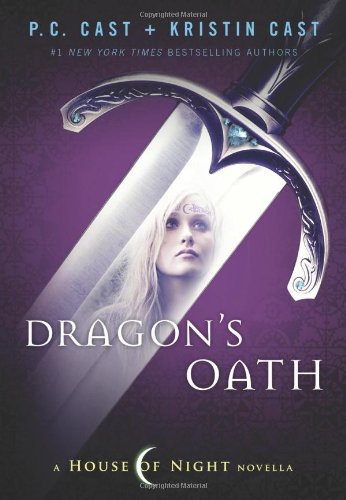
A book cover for Dragon's Oath (House of Night Novellas); P. C. Cast; Teen & Young Adult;